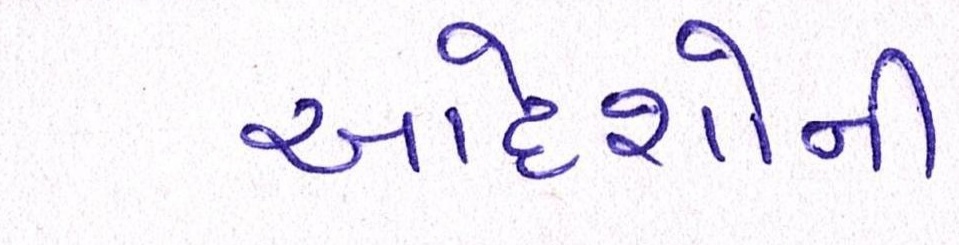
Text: આદેશોની